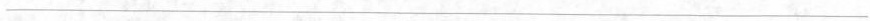
___